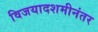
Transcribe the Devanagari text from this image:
विजयादशमीनंतर